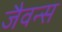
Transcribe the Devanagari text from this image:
जैवन्स